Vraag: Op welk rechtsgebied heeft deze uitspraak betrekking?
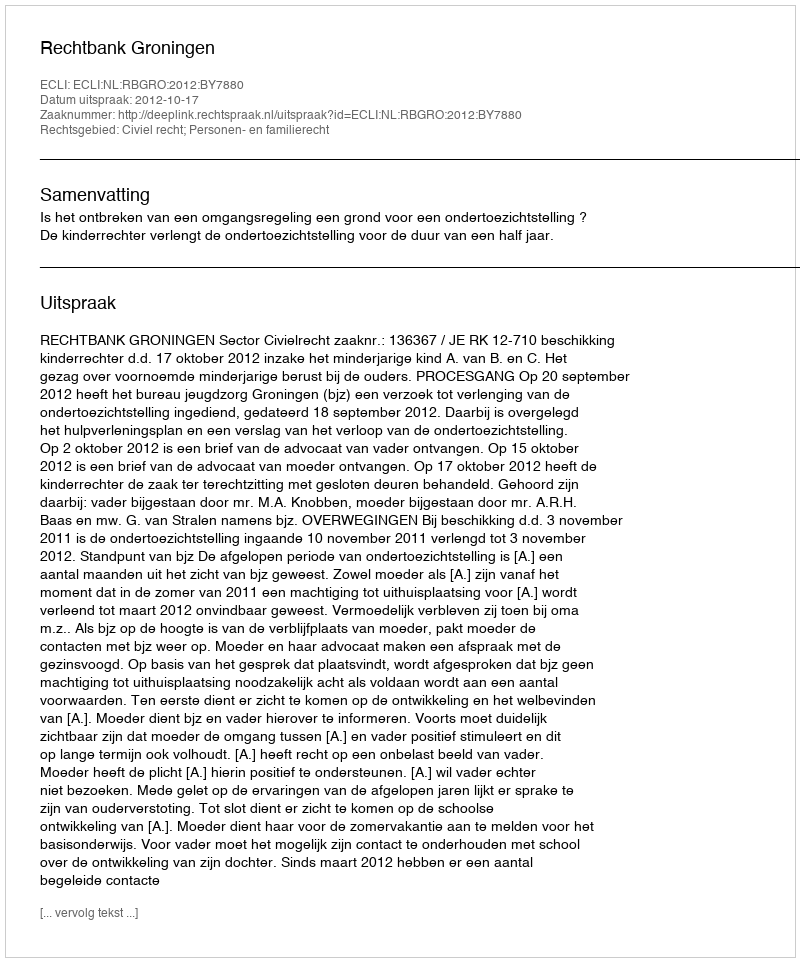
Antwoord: Civiel recht; Personen- en familierecht